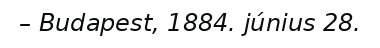
– Budapest, 1884. június 28.